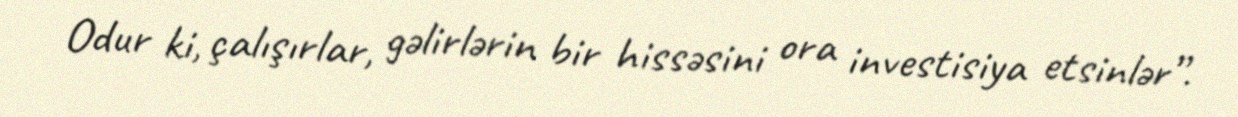
Odur ki, çalışırlar, gəlirlərin bir hissəsini ora investisiya etsinlər”.